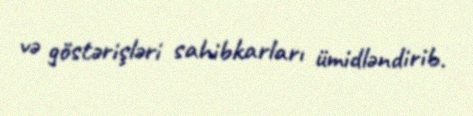
və göstərişləri sahibkarları ümidləndirib.